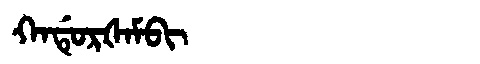
Manchu: ᡴᠠᡩᡠᡵᡧᠠᠮᠪᡳ
Romanization: KADURŠAMBI